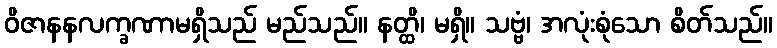
ဝိဇာနနလက္ခဏာမရှိသည် မည်သည်။ နတ္ထိ၊ မရှိ။ သဗ္ဗံ၊ အလုံးစုံသော စိတ်သည်။